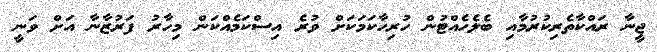
ޖީނާ ރައްކާތެރިކުރުމާއި ބެލެހެއްޓުން ހުރިހާކަމަކަށް ވުރެ އިސްކަމެއްކަން މިހާރު ފަރުޒާނާ އަށް ވަނީ